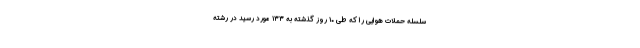
سلسله حملات هوایی را که طی ۱۰ روز گذشته به ۱۳۳ مورد رسید در رشته‌